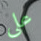
على